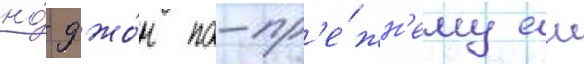
но́ джо́н по-пр'е́жн'ему еи